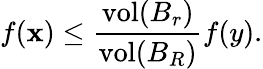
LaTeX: f(\mathbf{x})\leq{\frac{{\operatorname{vol}(B_{r})}}{{\operatorname{vol}(B_{R})}}}f(y).